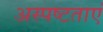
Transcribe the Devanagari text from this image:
अस्पष्टताएं